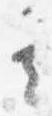
其